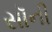
સૉની